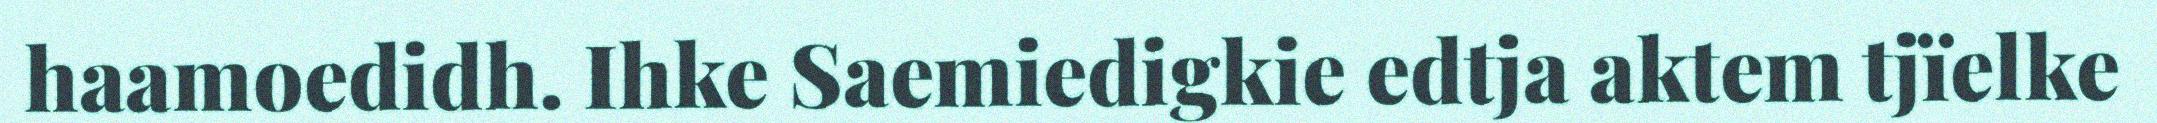
haamoedidh. Ihke Saemiedigkie edtja aktem tjïelke